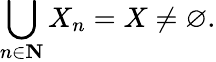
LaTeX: \bigcup_{n\in\mathbf{N}}X_{n}=X\neq\varnothing.